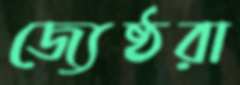
জ্যেষ্ঠরা